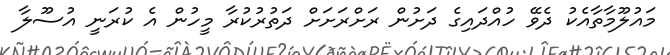
މައުލޫމާތާއެކު ދެވޭ ހުއްދައިގެ ދަށުން ރަށްރަށަށް ދަތުރުކުރާ މީހުން އެ ކުރަނީ އުސޫލާ